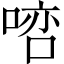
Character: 𠸠